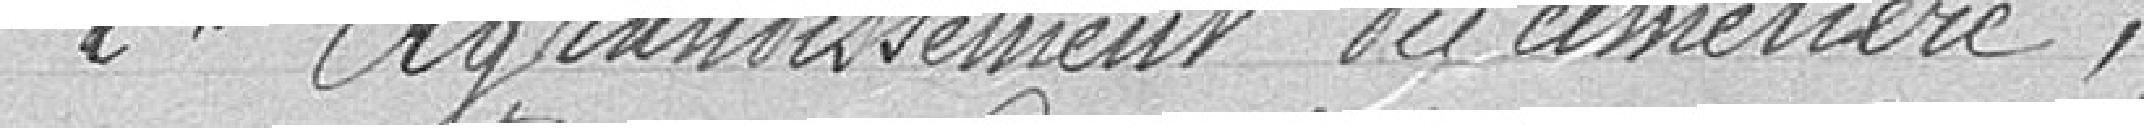
2° Agrandissement du cimetière